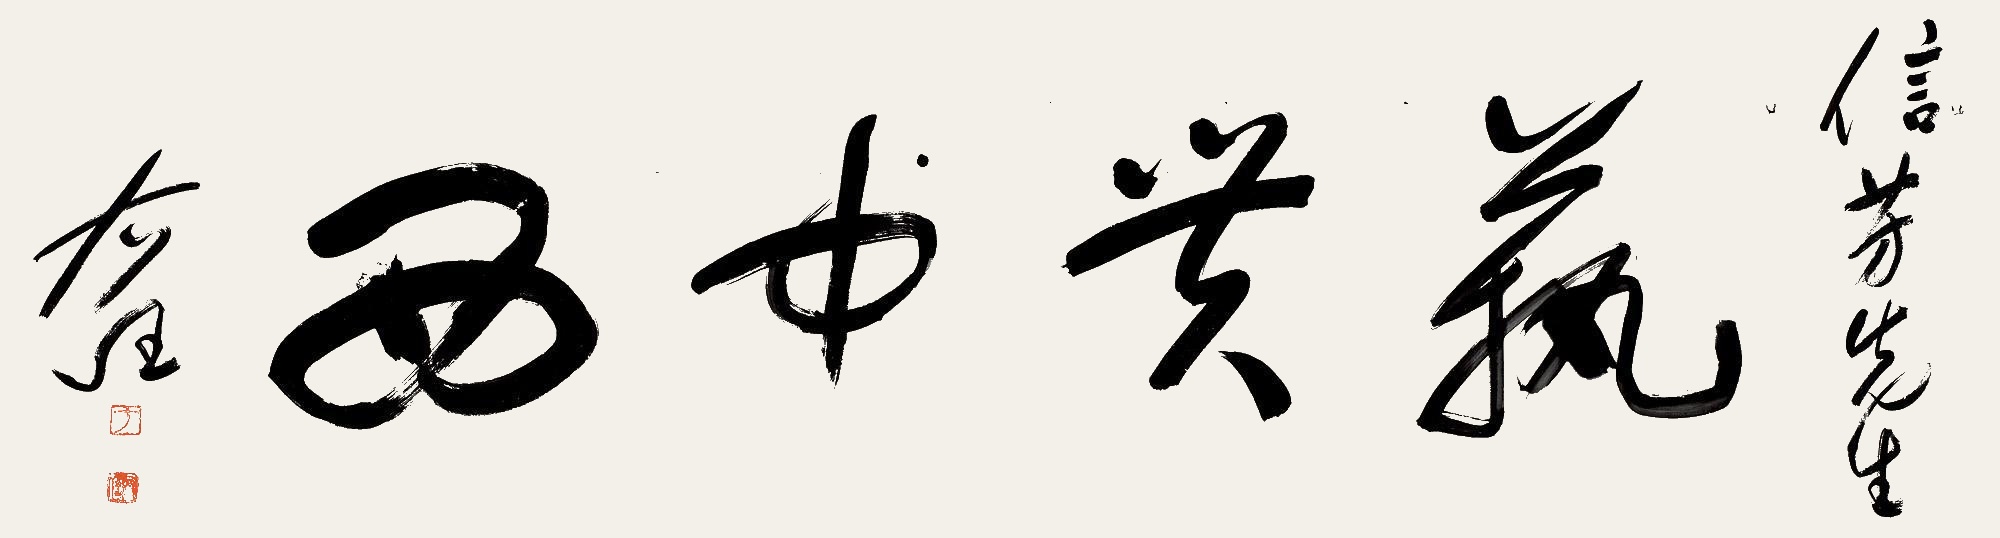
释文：艺贯中西信芳先生，右任。